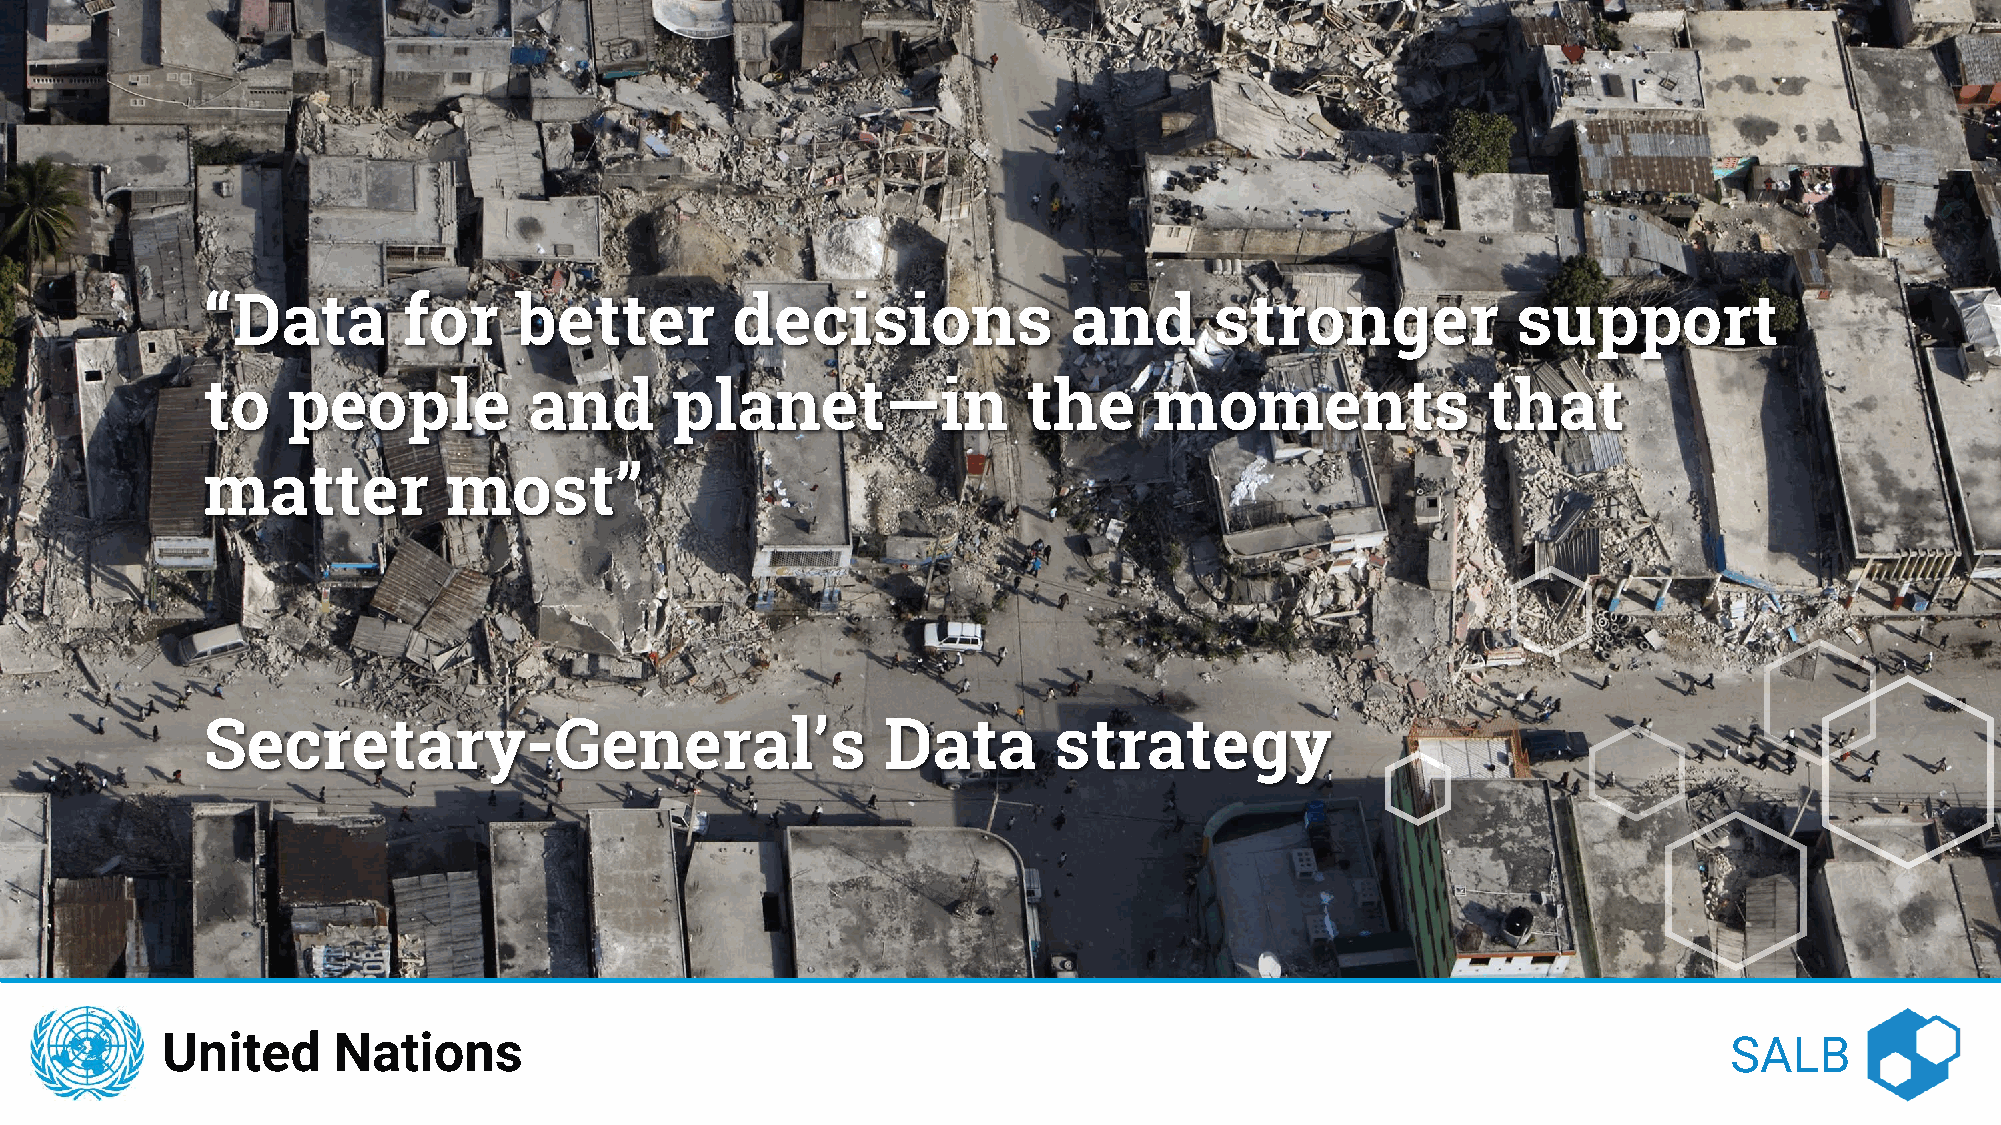
“Data         for    better        decisions              and      stronger            support
 to    people          and      planet—in               the     moments               that
 matter           most”
 Secretary-General’s                          Data        strategy
 United     Nations                                                                                     SALB